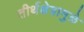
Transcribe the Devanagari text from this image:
तीर्थक्षेत्रामुळे